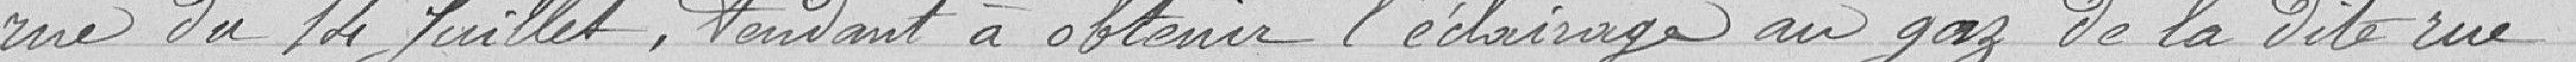
rue du 14 Juillet, tendant à obtenir l'éclairage au gaz de la dite rue.